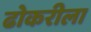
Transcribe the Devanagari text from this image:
ढोकरीला